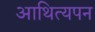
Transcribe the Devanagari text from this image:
आथित्यपन